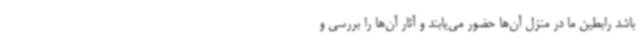
باشد رابطین ما در منزل آن‌ها حضور می‌یابند و آثار آن‌ها را بررسی و